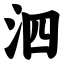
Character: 泗